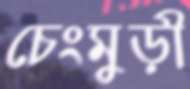
চেংমুড়ী